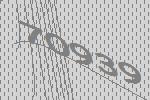
70939